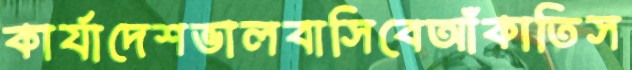
কার্যাদেশভালবাসিবেআঁকাতিস